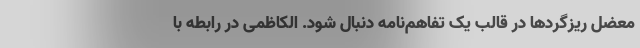
معضل ریزگردها در قالب یک تفاهم‌نامه دنبال شود. الکاظمی در رابطه با